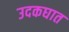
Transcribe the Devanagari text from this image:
उदकघात